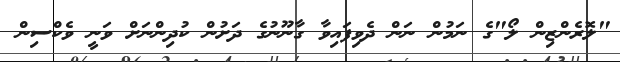
"ލޮރެންޒިން ލޯ"ގެ ނަމުން ނަން ދެވިފައިވާ ގާނޫނުގެ ދަށުން ކުދިންނަށް ވަނީ ވެކްސިން